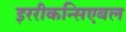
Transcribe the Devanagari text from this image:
इररीकन्सिएबल